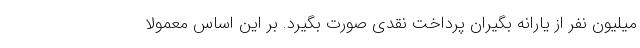
میلیون نفر از یارانه بگیران پرداخت نقدی صورت بگیرد. بر این اساس معمولا